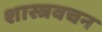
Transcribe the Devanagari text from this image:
शास्त्रवचन